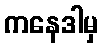
ကနေဒါမှ